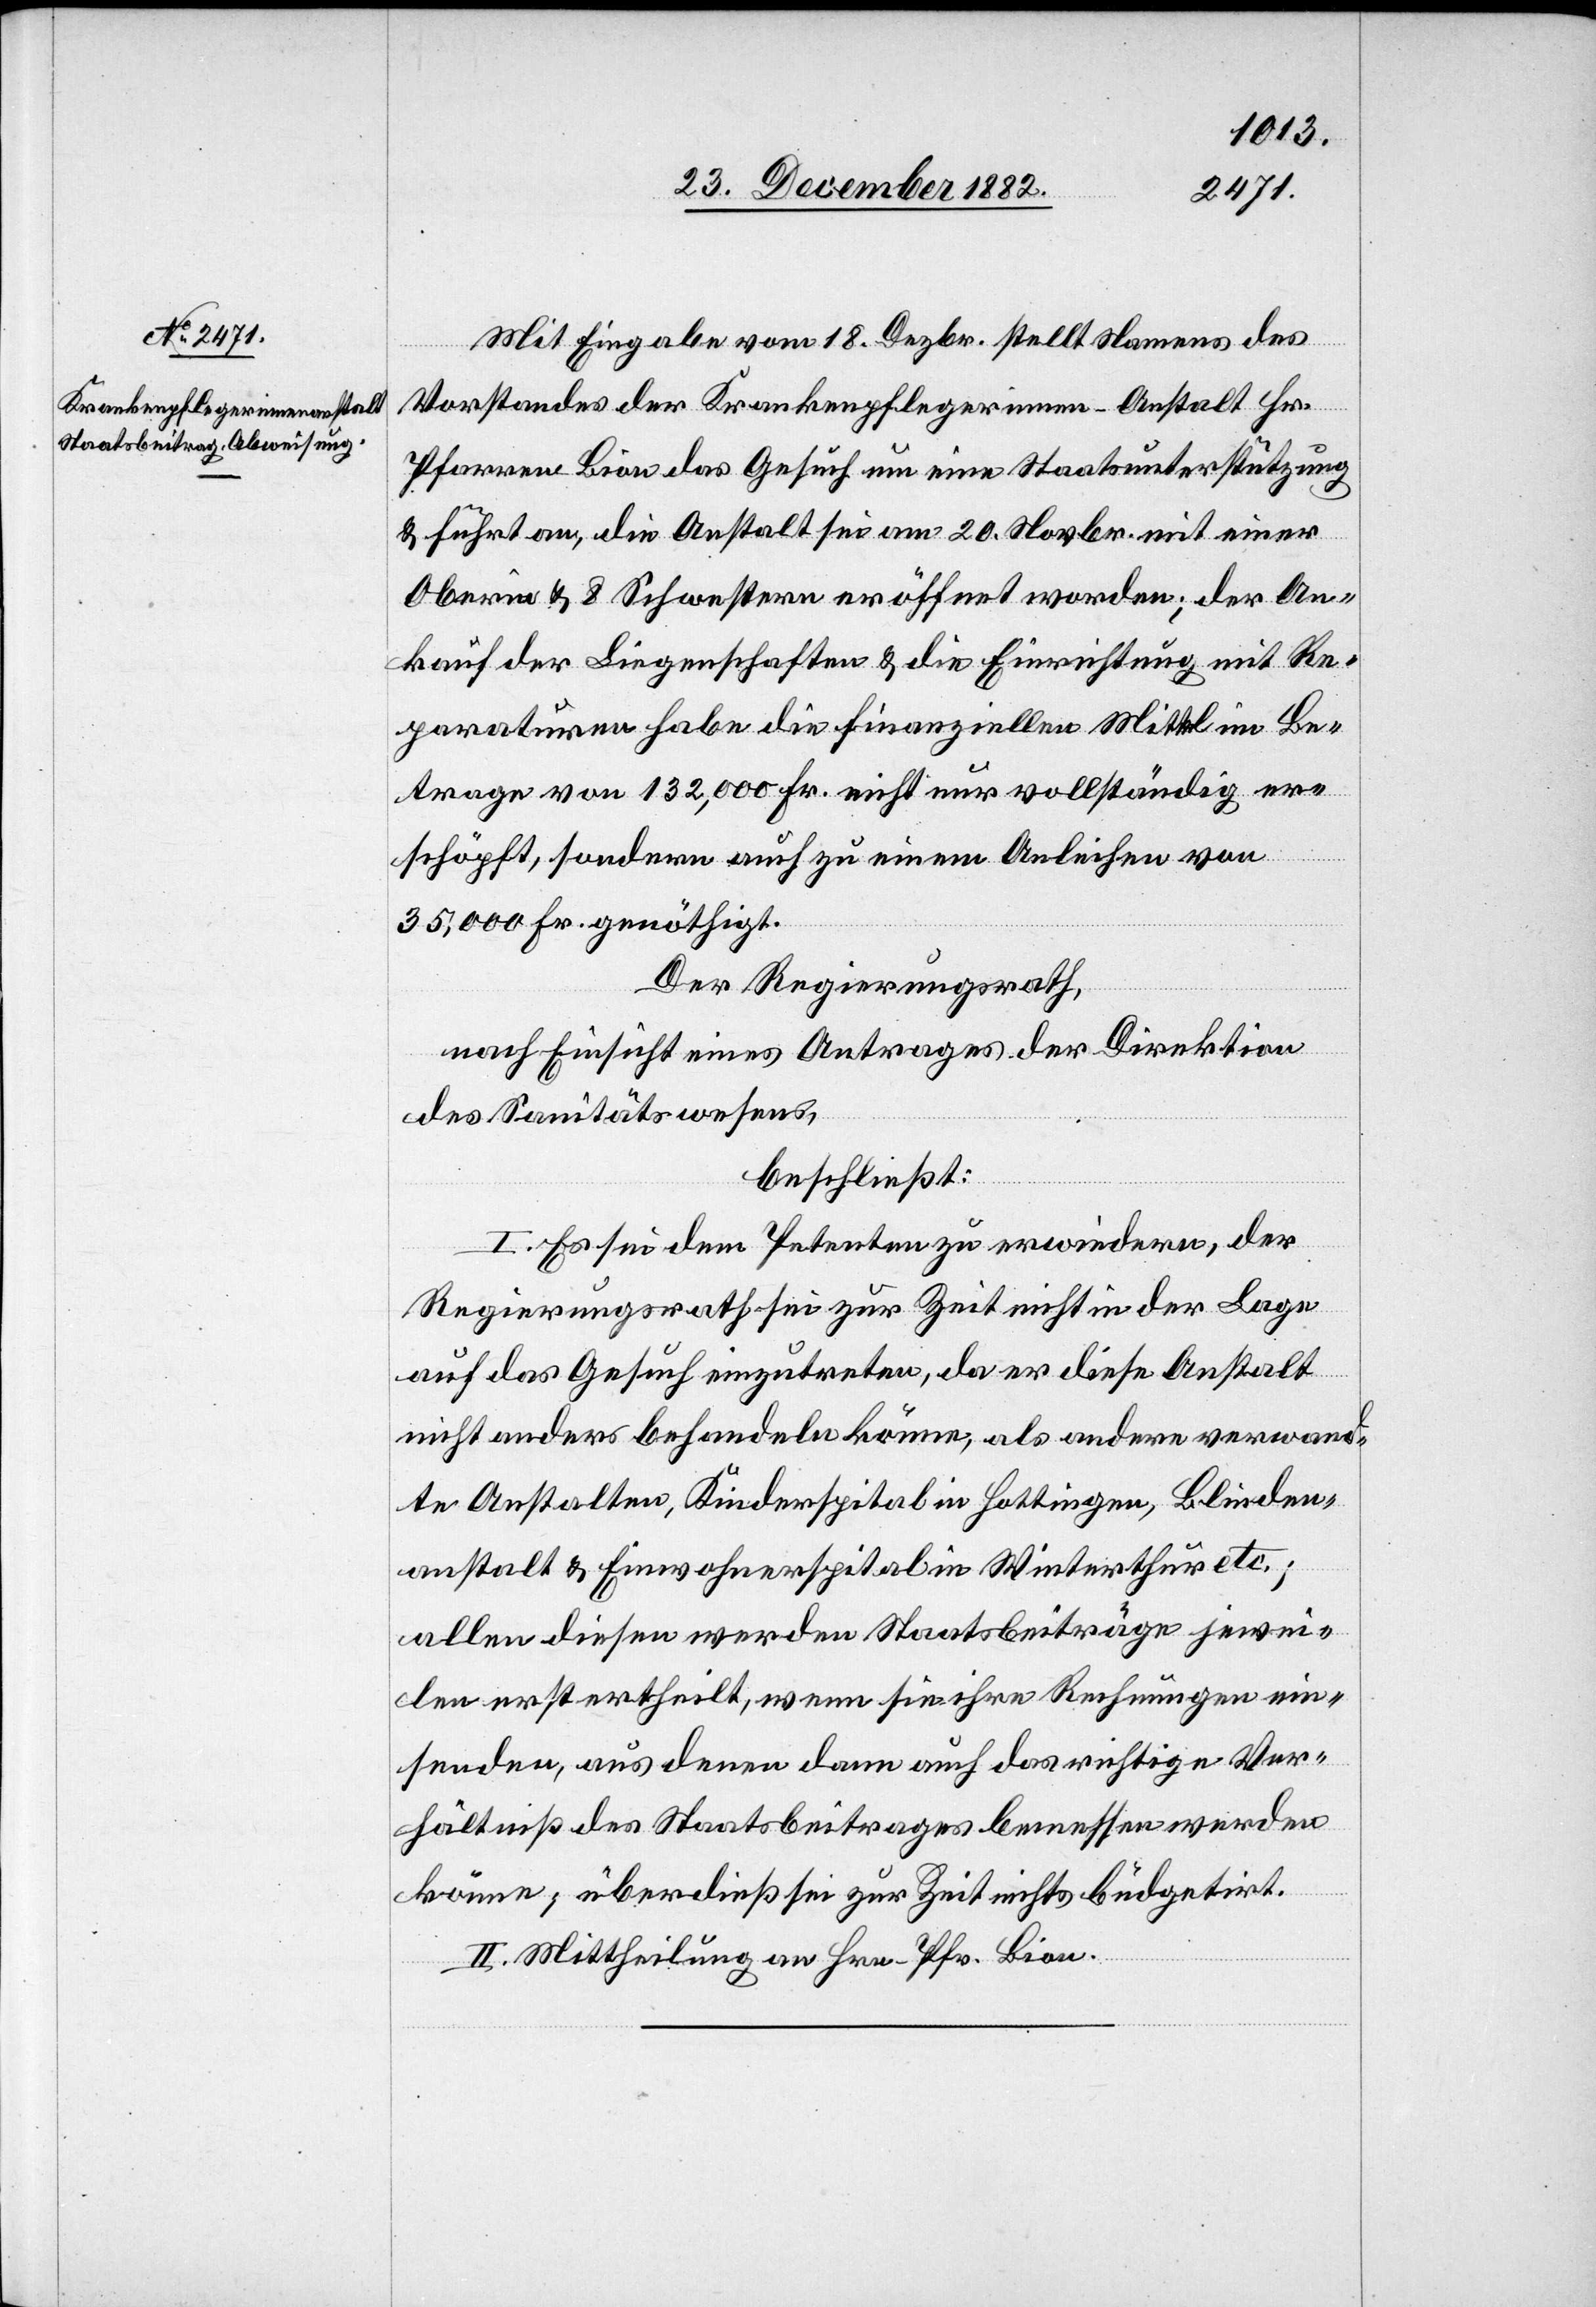
Mit Eingabe vom 18. Dezbr. stellt Namens des
Vorstandes der Krankenpflegerinnen-Anstalt Hr.
Pfarren Bion das Gesuch um eine Staatsunterstützung
& führt an, die Anstalt sei am 20. Novbr. mit einer
Oberin & 8 Schwerstern eröffnet worden; der An¬
kauf der Liegenschaften & die Einrichtung mit Re¬
paraturen habe die finanziellen Mittel im Be¬
trage von 132,000 Fr. nicht nur vollständig er¬
schöpft, sondern auch zu einem Anleihen von
35,000 Fr. genöthigt.
Der Regierungsrath,
nach Einsicht eines Antrages der Direktion
des Sanitätswesens,
beschließt:
I. Es sei dem Petenten zu erwiedern, der
Regierungsrath sei zur Zeit nicht in der Lage
auf das Gesuch einzutreten, da er diese Anstalt
nicht anders behandeln könne, als andere verwand¬
te Anstalten, Kinderspital in Hottingen, Blinden¬
anstalt & Einwohnerspital in Winterthur etc.;
allen diesen werden Staatsbeiträge jewei¬
len erst ertheilt, wenn sie ihre Rechnungen ein¬
senden, aus denen dann auch das richtige Ver¬
hältniß des Staatsbeitrages bemessen werden
könne; überdieß sei zur Zeit nichts büdgetirt.
II. Mittheilung an Hrn. Pfr. Bion.